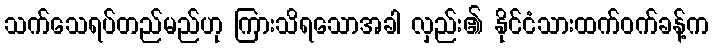
သက်သေရပ်တည်မည်ဟု ကြားသိရသောအခါ လှည်း၏ နိုင်ငံသားထက်ဝက်ခန့်က